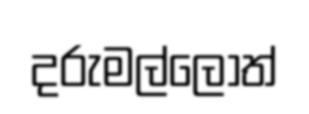
දරුමල්ලොත්